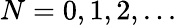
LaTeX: {N=0,1,2,...}